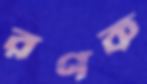
রণক